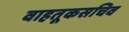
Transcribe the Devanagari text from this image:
वाहतूकसचिव